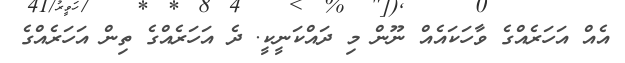
އެއް އަހަރެއްގެ ވާހަކައެއް ނޫން މި ދައްކަނީކީ. ދެ އަހަރެއްގެ ތިން އަހަރެއްގެ